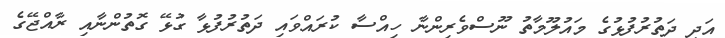
އަދި ދަތުރުފުޅުގެ މައުލޫމާތު ނޫސްވެރިންނާ ހިއްސާ ކުރައްވައި ދަތުރުފުޅާ ގުޅޭ ގޮތުންނާއި ރާއްޖޭގެ